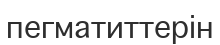
пегматиттерін